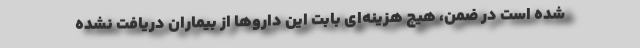
شده است در ضمن، هیچ هزینه‌‌ای بابت این داروها از بیماران دریافت نشده